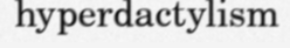
hyperdactylism